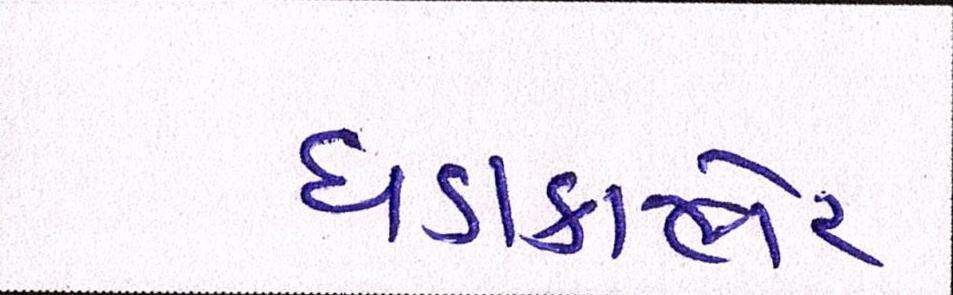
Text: ધડાકાભેર